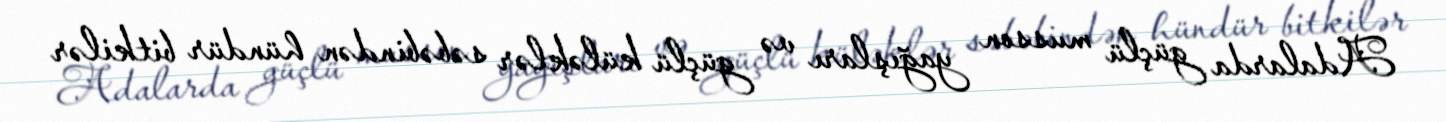
Adalarda güçlü musson yağışları və güçlü küləklər səbəbindən hündür bitkilər